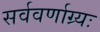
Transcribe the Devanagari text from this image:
सर्ववर्णाग्र्यः